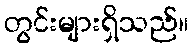
တွင်းများရှိသည်။